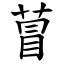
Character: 萺